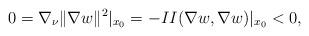
LaTeX: \begin{align*}0= \nabla_{\nu} \|\nabla w\|^2 |_{x_0} = -II(\nabla w,\nabla w)|_{x_0} < 0,\end{align*}